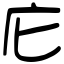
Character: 庀